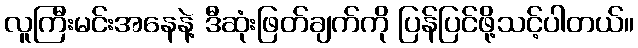
လူကြီးမင်းအနေနဲ့ ဒီဆုံးဖြတ်ချက်ကို ပြန်ပြင်ဖို့သင့်ပါတယ်။